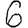
Digit: 6